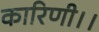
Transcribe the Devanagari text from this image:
कारिणी।।